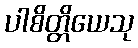
ပါစိတ္တိယေသု